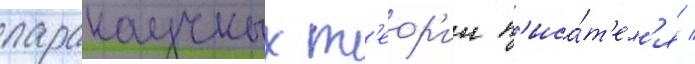
паранаучных т'еор'ии п'иса́т'ел'я /